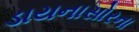
ડાયનાસોરના